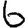
Digit: 6